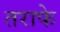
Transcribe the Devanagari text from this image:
तराफे